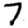
Digit: 7